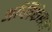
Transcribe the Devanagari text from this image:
अप्लिकेसन